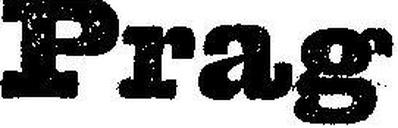
Prag